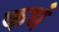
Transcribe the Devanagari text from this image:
कधं